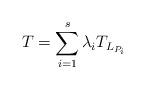
LaTeX: \begin{align*} T = \sum_{i = 1}^s \lambda_i T_{ L_{ P_i } }\end{align*}